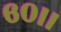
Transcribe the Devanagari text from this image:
६०।।